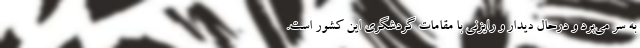
به سر می‌برد و درحال دیدار و رایزنی با مقامات گردشگری این کشور است.